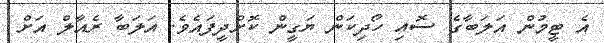
އެ ޓީމުން އަލަބާގެ ސޮއި ހޯދިކަން ޔަގީން ކޮށްދީފައެވެ. އަލަބާ ރެއާލް އަށް